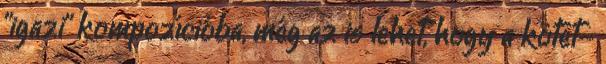
"igazi" kompozícióba, még az is lehet, hogy a kötet-